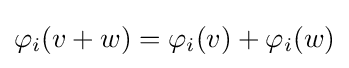
\varphi _{i}(v+w)=\varphi _{i}(v)+\varphi _{i}(w)